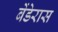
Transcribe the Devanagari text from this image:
बेंडेरास